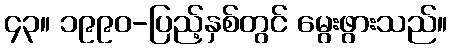
၄၃။ ၁၉၉၀-ပြည့်နှစ်တွင် မွေးဖွားသည်။